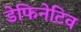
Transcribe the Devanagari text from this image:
डेफिनेटिव